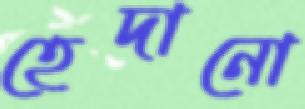
হেদানো